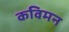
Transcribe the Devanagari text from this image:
कविमन